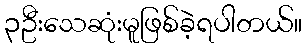
၃ဦးသေဆုံးမူဖြစ်ခဲ့ရပါတယ်။